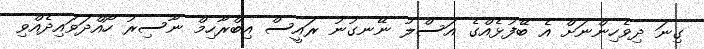
ގިނަ ދިވެހިންނަށް އެ ބޭފުޅެއްގެ އަސްލު ނޭނގުނު ރައީސް އިބްރާހިމް ނާސިރު ހޯއްދަވައިދެއްވި